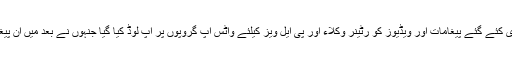
حکومت اور ڈبلیو ایچ او کی طرف سے جاری کئے گئے پیغامات اور ویڈیوز کو رٹینر وکلاء اور پی ایل ویز کیلئے واٹس اپ گروپوں پر اپ لوڈ کیا گیا جنہوں نے بعد میں ان پیغامات اور ویڈیوز کو عام لوگوں تک پہنچایا ۔